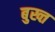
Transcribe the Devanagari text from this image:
बुख्त